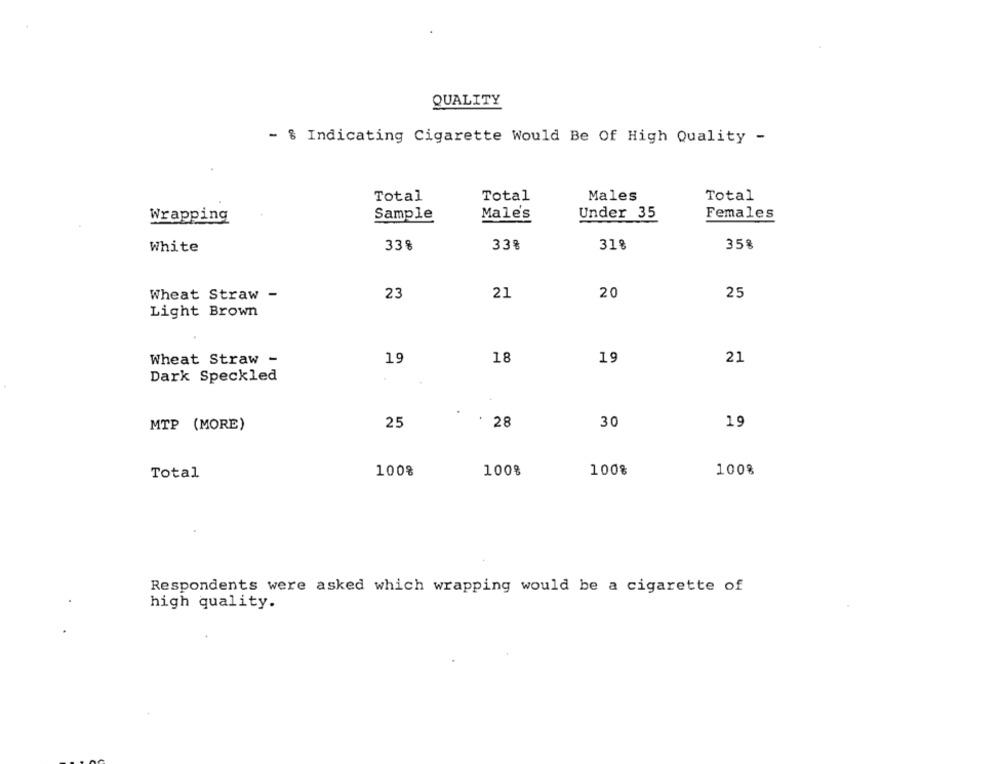
QUALITY
- % Indicating Cigarette Would Be Of High Quality -
Total
Total
Males
Total
Under 35
Females
Wrapping
Sample
Male's
358
White
33%
33%
31%
Wheat Straw -
23
21
20
25
Light Brown
19
18
21
Wheat Straw -
19
Dark Speckled
MTP (MORE)
25
28
30
19
Total
100%
100%
100%
100%
Respondents were asked which wrapping would be a cigarette of
high quality.